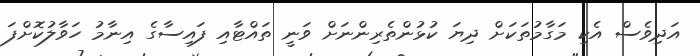
އަދިވެސް އެކި މަގާމުތަކަށް ދިޔަ ކުޅުންތެރިންނަށް ވަނީ ތައްޓާއި ފައިސާގެ އިނާމު ހަވާލުކޮށްފަ